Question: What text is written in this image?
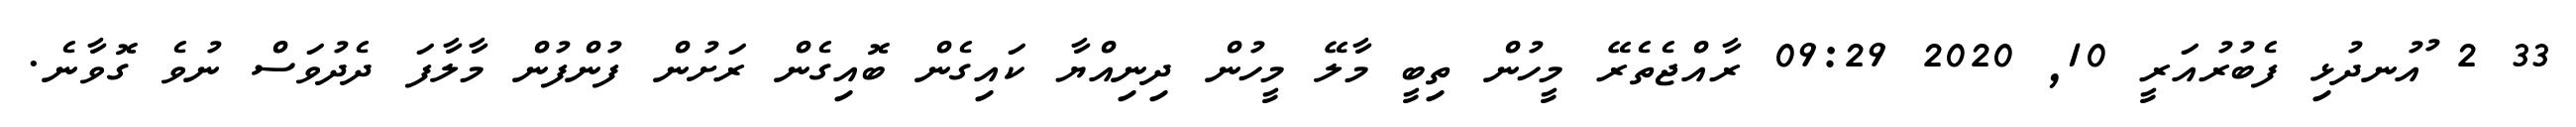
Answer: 33 2 ުއުނދުޅި ފެބުރުއަރީ 10, 2020 09:29 ރާއްޖެތެރޭ މީހުން ތިބީ މާލޭ މީހުން ދިނިއްޔާ ކައިގެން ބޮއިގެން ރަށުން ފުންފުން މާލާފަ ދެދުވަސް ނުވެ ގޮވާނެ.